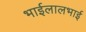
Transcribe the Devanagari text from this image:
भाईलालभाई